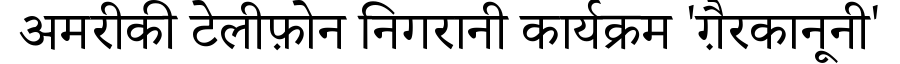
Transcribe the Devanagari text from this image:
अमरीकी टेलीफ़ोन निगरानी कार्यक्रम 'ग़ैरकानूनी'